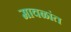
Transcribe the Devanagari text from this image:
मावळांत